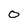
Character: 0